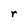
Character: r